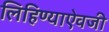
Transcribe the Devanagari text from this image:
लिहिण्याऐवजी